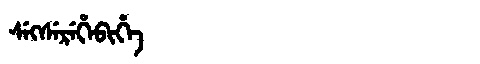
Manchu: ᠰᡝᡴᠰᡝᡵᡝᡥᡝᠪᡳᡥᡝ
Romanization: SEKSEREHEBIHE